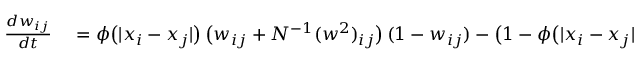
\begin{array} { r l } { \frac { d w _ { i j } } { d t } } & { { } = \phi \big ( | x _ { i } - x _ { j } | \big ) \, \big ( w _ { i j } + N ^ { - 1 } ( w ^ { 2 } ) _ { i j } \big ) \, ( 1 - w _ { i j } ) - \big ( 1 - \phi \big ( | x _ { i } - x _ { j } | \big ) \big ) \, w _ { i j } } \end{array}